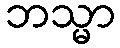
ဘသ္မာ